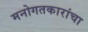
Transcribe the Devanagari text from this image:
मनोगतकारांचा